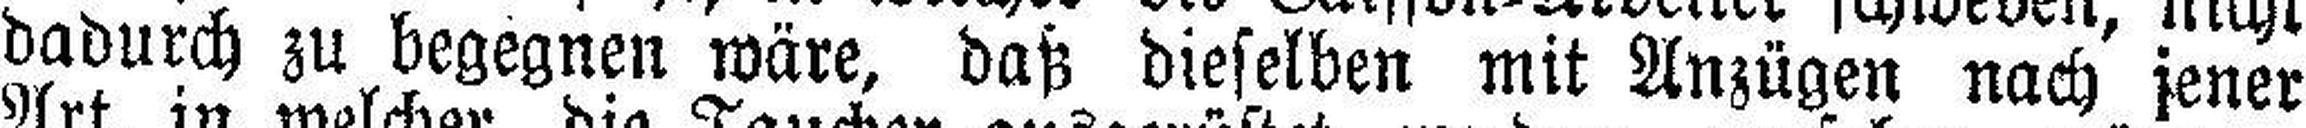
dadurch zu begegnen wäre, daß dieselben mit Anzügen nach jener